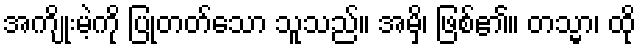
အကျိုးမဲ့ကို ပြုတတ်သော သူသည်။ အမှိ၊ ဖြစ်၏။ တသ္မာ၊ ထို